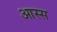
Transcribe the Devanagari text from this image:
आस्स